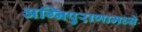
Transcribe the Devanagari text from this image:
अग्निपुराणामध्ये